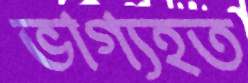
ভাগ্যহত